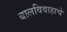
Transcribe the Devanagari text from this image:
बालविवाहाचे